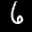
Label: 6